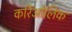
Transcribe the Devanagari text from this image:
करिओलिक